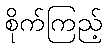
စိုက်ကြည့်